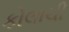
કોલાચી